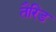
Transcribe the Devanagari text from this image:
तैरिड